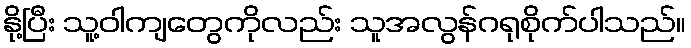
နို့ပြီး သူ့ဝါကျတွေကိုလည်း သူအလွန်ဂရုစိုက်ပါသည်။